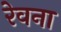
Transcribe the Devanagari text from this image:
रेवना